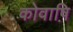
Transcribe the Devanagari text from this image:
कोवाष़ि